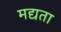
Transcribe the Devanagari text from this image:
मद्यता